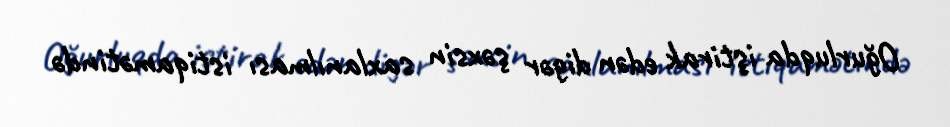
Oğurluqda iştirak edən digər şəxsin saxlanılması istiqamətində